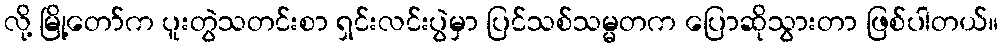
လို့ မြို့တော်က ပူးတွဲသတင်းစာ ရှင်းလင်းပွဲမှာ ပြင်သစ်သမ္မတက ပြောဆိုသွားတာ ဖြစ်ပါတယ်။